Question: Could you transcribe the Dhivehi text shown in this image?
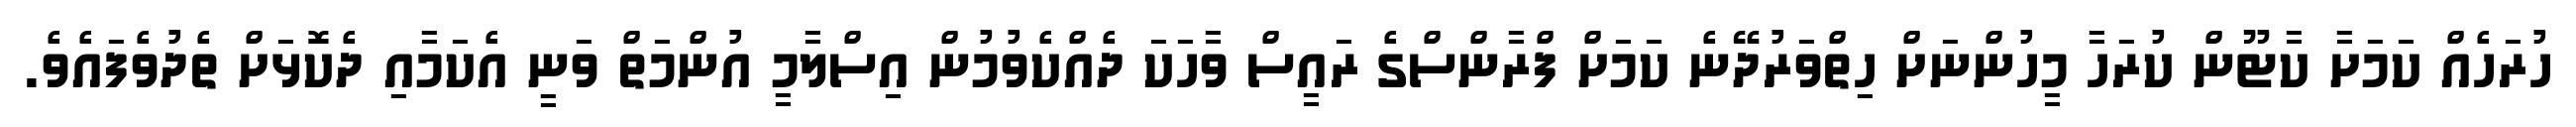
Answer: ހުރަހެއް ކަމަށާ ކާޓޫން ކުރަހާ މީހުންނަށް ހިތްވަރުދޭނެ ކަމަށް ފްރާންސްގެ ރައީސް ވާހަކަ ދެއްކެވުމުން އިސްލާމީ އުންމަތް ވަނީ އެކަމާއި ދެކޮޅަށް ތެދުވެފައެވެ.